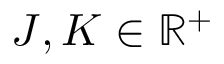
J , K \in \mathbb { R } ^ { + }